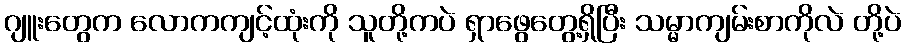
ဂျူးတွေက လောကကျင့်ထုံးကို သူတို့ကပဲ ရှာဖွေတွေ့ရှိပြီး သမ္မာကျမ်းစာကိုလဲ တို့ပဲ